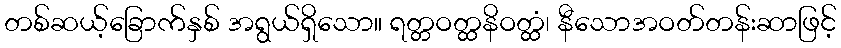
တစ်ဆယ့်ခြောက်နှစ် အရွယ်ရှိသော။ ရတ္တဝတ္ထနိဝတ္ထံ၊ နီသောအဝတ်တန်းဆာဖြင့်